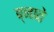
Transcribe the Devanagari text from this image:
ब्नाते